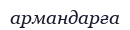
армандарға